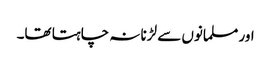
اور مسلمانوں سے لڑنا نہ چاہتا تھا۔